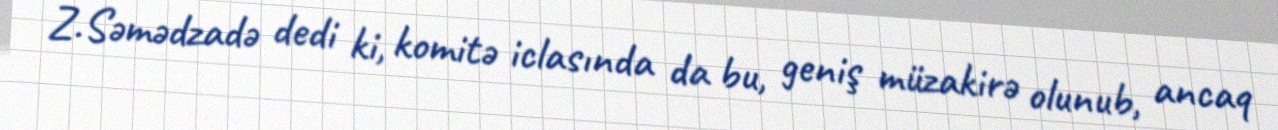
Z.Səmədzadə dedi ki, komitə iclasında da bu, geniş müzakirə olunub, ancaq